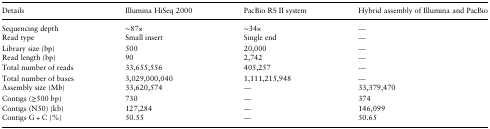
| Details | Illumina HiSeq 2000 | PacBio RS II system | Hybrid assembly of Illumina and PacBio |
 | --- | --- | --- | --- |
 | Sequencing depth | ∼87× | ∼34× | — |
 | Read type | Small insert | Single end | — |
 | Library size (bp) | 500 | 20,000 | — |
 | Read length (bp) | 90 | 2,742 | — |
 | Total number of reads | 33,655,556 | 405,257 | — |
 | Total number of bases | 3,029,000,040 | 1,111,215,948 | — |
 | Assembly size (Mb) | 33,620,574 | — | 33,379,470 |
 | Contigs (≥500 bp) | 730 | — | 374 |
 | Contigs (N50) (kb) | 127,284 | — | 146,099 |
 | Contigs G + C (%) | 50.55 | — | 50.65 |